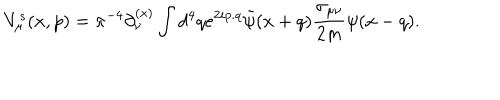
LaTeX: V _ { \mu } ^ { s } ( x , p ) = { \pi } ^ { - 4 } \partial _ { \nu } ^ { ( x ) } \int d ^ { 4 } q e ^ { 2 i p . q } { \bar { \psi } } ( x + q ) { \frac { \sigma _ { \mu \nu } } { 2 m } } \psi ( x - q ) .